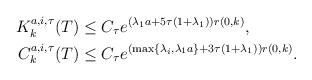
LaTeX: \begin{align*}K^{a,i,\tau}_{k}(T) & \leq C_\tau e^{(\lambda_{1}a+5\tau(1+\lambda_1))r(0,k)},\\C^{a,i,\tau}_{k}(T) & \leq C_\tau e^{(\max\{\lambda_{i},\lambda_1 a\}+3\tau(1+\lambda_1))r(0,k)}.\end{align*}